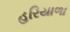
હરિયાળા